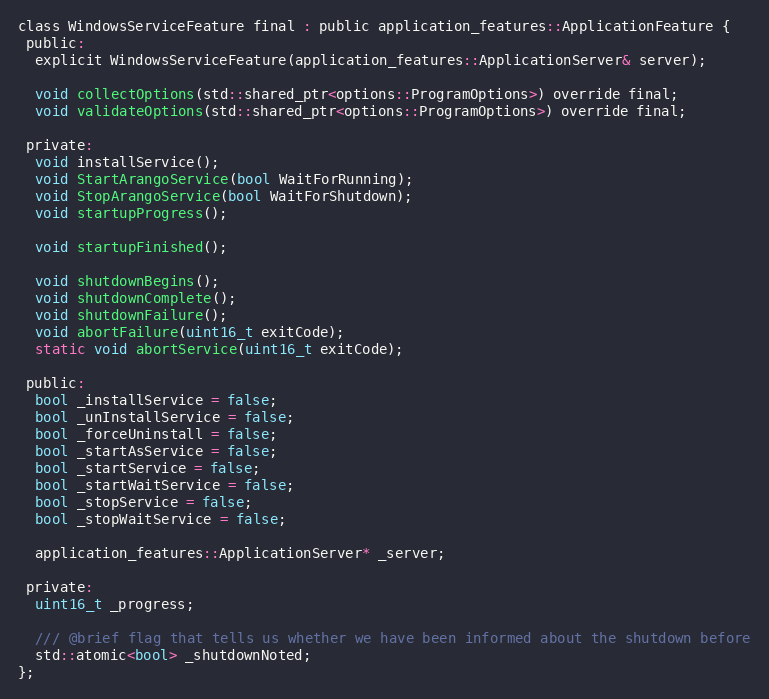
Language: C
class WindowsServiceFeature final : public application_features::ApplicationFeature {
 public:
  explicit WindowsServiceFeature(application_features::ApplicationServer& server);

  void collectOptions(std::shared_ptr<options::ProgramOptions>) override final;
  void validateOptions(std::shared_ptr<options::ProgramOptions>) override final;

 private:
  void installService();
  void StartArangoService(bool WaitForRunning);
  void StopArangoService(bool WaitForShutdown);
  void startupProgress();

  void startupFinished();

  void shutdownBegins();
  void shutdownComplete();
  void shutdownFailure();
  void abortFailure(uint16_t exitCode);
  static void abortService(uint16_t exitCode);

 public:
  bool _installService = false;
  bool _unInstallService = false;
  bool _forceUninstall = false;
  bool _startAsService = false;
  bool _startService = false;
  bool _startWaitService = false;
  bool _stopService = false;
  bool _stopWaitService = false;

  application_features::ApplicationServer* _server;

 private:
  uint16_t _progress;

  /// @brief flag that tells us whether we have been informed about the shutdown before
  std::atomic<bool> _shutdownNoted;
};